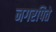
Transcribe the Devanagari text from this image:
नगरपिते